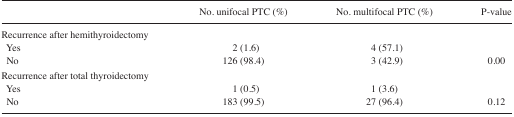
|  | No. unifocal PTC (%) | No. multifocal PTC (%) | P-value |
 | --- | --- | --- | --- |
 | Recurrence after hemithyroidectomy |  |  |  |
 | Yes | 2 (1.6) | 4 (57.1) |  |
 | No | 126 (98.4) | 3 (42.9) | 0.00 |
 | Recurrence after total thyroidectomy |  |  |  |
 | Yes | 1 (0.5) | 1 (3.6) |  |
 | No | 183 (99.5) | 27 (96.4) | 0.12 |